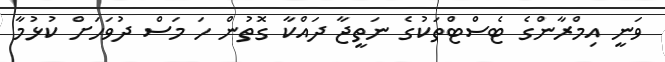
ވަނީ އިމްރާންގެ ޓެސްޓްތަކުގެ ނަތީޖާ ދައްކާ ގޮތުން ހަ މަސް ދުވަހަށް ކުޅުމާ